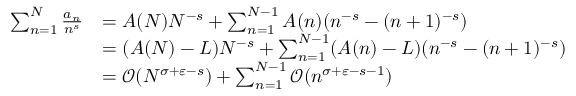
{ \begin{array} { r l } { \sum _ { n = 1 } ^ { N } { \frac { a _ { n } } { n ^ { s } } } } & { = A ( N ) N ^ { - s } + \sum _ { n = 1 } ^ { N - 1 } A ( n ) ( n ^ { - s } - ( n + 1 ) ^ { - s } ) } \\ & { = ( A ( N ) - L ) N ^ { - s } + \sum _ { n = 1 } ^ { N - 1 } ( A ( n ) - L ) ( n ^ { - s } - ( n + 1 ) ^ { - s } ) } \\ & { = { \mathcal { O } } ( N ^ { \sigma + \varepsilon - s } ) + \sum _ { n = 1 } ^ { N - 1 } { \mathcal { O } } ( n ^ { \sigma + \varepsilon - s - 1 } ) } \end{array} }